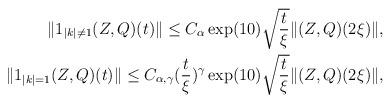
LaTeX: \begin{align*} \|1_{|k|\neq 1}(Z, Q)(t)\| \leq C_{\alpha} \exp(10) \sqrt{\frac{t}{\xi}} \|(Z, Q)(2\xi)\|, \\ \|1_{|k|=1}(Z, Q)(t)\| \leq C_{\alpha, \gamma} (\frac{t}{\xi})^{\gamma} \exp(10) \sqrt{\frac{t}{\xi}} \|(Z, Q)(2\xi)\|, \end{align*}